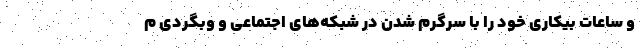
و ساعات بیکاری خود را با سرگرم شدن در شبکه‌های اجتماعی و وبگردی م